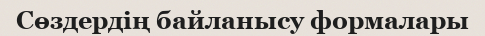
Сөздердің байланысу формалары